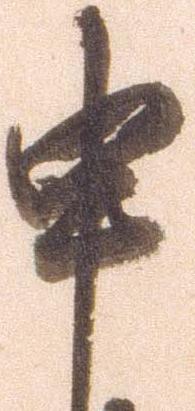
申